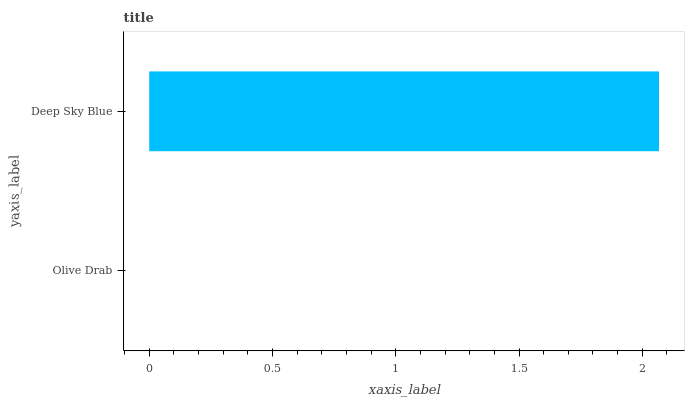
| yaxis_label | bars |
 | --- | --- |
 | Olive Drab | 0 |
 | Deep Sky Blue | 2.07 |